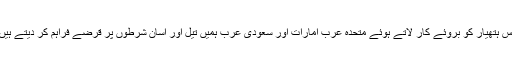
اس ہتھیار کو بروئے کار لاتے ہوئے متحدہ عرب امارات اور سعودی عرب ہمیں تیل اور آسان شرطوں پر قرضے فراہم کر دیتے ہیں۔